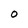
Character: O